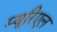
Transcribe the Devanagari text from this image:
म्यूरिएल